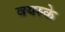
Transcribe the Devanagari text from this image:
वयस्के